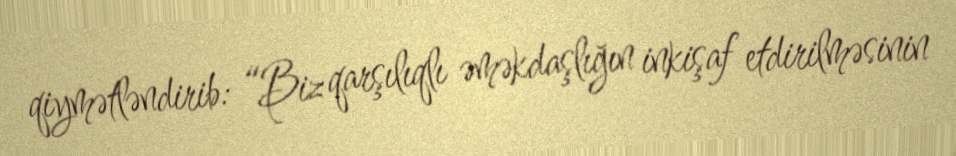
qiymətləndirib: “Biz qarşılıqlı əməkdaşlığın inkişaf etdirilməsinin